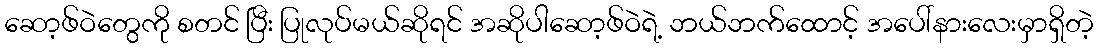
ဆော့ဖ်ဝဲတွေကို စတင် ပြီး ပြုလုပ်မယ်ဆိုရင် အဆိုပါဆော့ဖ်ဝဲရဲ့ ဘယ်ဘက်ထောင့် အပေါ်နားလေးမှာရှိတဲ့